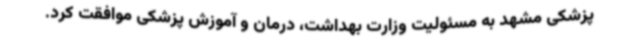
پزشکی مشهد به مسئولیت وزارت بهداشت، درمان و آموزش پزشکی موافقت کرد.